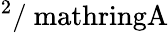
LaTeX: ^{2}/\mathrm{\ mathring{A}}